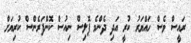
ރައީސް ވެސް ހައްޔަރު ކުރީ އަދި ދެންމެ ޕޮލިސް ނިއުސް ކޮންފަރެންސް ކުރިޔަށް